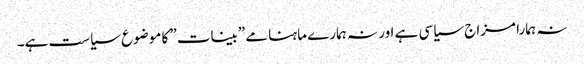
نہ ہمارا مزاج سیاسی ہے اور نہ ہمارے ماہنامے ”بینات” کا موضوع سیاست ہے۔